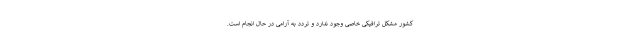
کشور مشکل ترافیکی خاصی وجود ندارد و تردد به آرامی در حال انجام است.